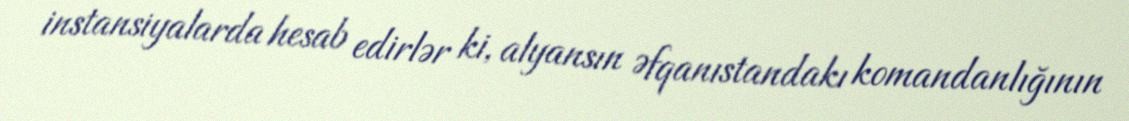
instansiyalarda hesab edirlər ki, alyansın Əfqanıstandakı komandanlığının